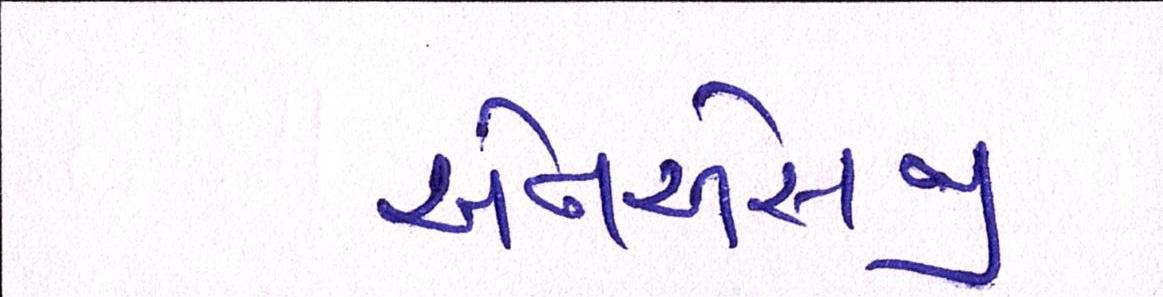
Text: એનએસજી